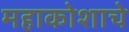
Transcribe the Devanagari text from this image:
महाकोशाचे